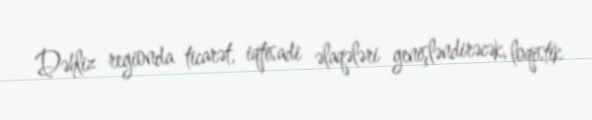
Dəhliz regionda ticarət, iqtisadi əlaqələri genişləndirəcək, loqistik